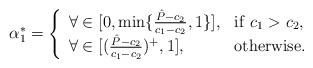
LaTeX: \begin{align*}\alpha_1^\ast=\left\{\begin{array}{ll}\forall\in[0,\min\{\frac{\hat P-c_2}{c_1-c_2},1\}], &{\rm if}\ c_1>c_2,\\\forall\in[(\frac{\hat P-c_2}{c_1-c_2})^+,1], & {\rm otherwise.}\end{array}\right. \end{align*}